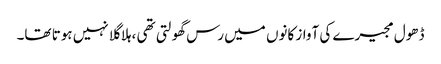
ڈھول مجیرے کی آواز کانوں میں رس گھولتی تھی ،ہلا گلا نہیں ہوتا تھا۔